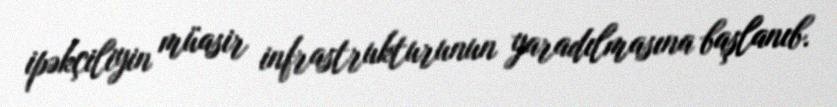
ipəkçiliyin müasir infrastrukturunun yaradılmasına başlanıb.